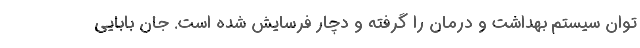
توان سیستم بهداشت و درمان را گرفته و دچار فرسایش شده است. جان بابایی